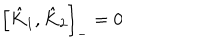
LaTeX: \left[ \hat { K } _ { 1 } , \hat { K } _ { 2 } \right] _ { - } = 0